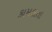
કામલતા